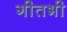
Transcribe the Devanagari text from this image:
गीतभी